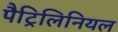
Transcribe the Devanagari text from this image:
पैट्रिलिनियल